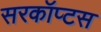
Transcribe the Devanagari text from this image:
सरकॉप्टस